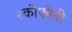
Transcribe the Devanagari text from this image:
स्कोफोनी